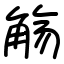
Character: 觞